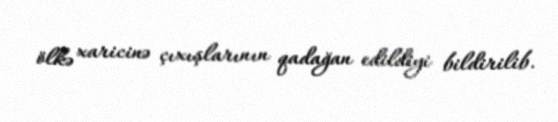
ölkə xaricinə çıxışlarının qadağan edildiyi bildirilib.